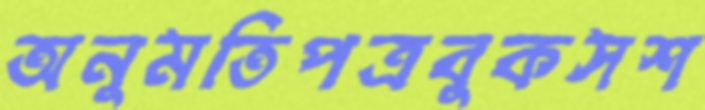
অনুমতিপত্রবুকসশ